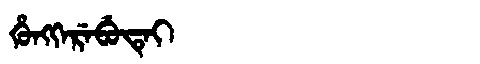
Manchu: ᡥᡠᠩᡴᡝᡵᡝᠪᡠᡨᡝᡳ
Romanization: HUNGKEREBUTEI